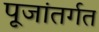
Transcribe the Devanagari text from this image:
पूजांतर्गत